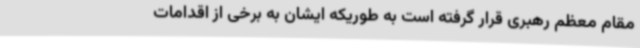
مقام معظم رهبری قرار گرفته است به طوریکه ایشان به برخی از اقدامات